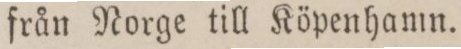
från Norge till Köpenhamn.